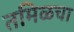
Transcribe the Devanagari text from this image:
तमिळचा